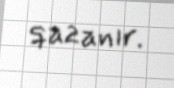
qazanır.